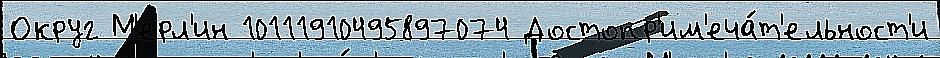
Округ М'ерл'ин 10111910495897074 Достопр'им'еча́т'ельност'и